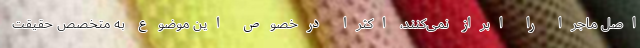
اصل ماجرا را ابراز نمی‌کنند، اکثرا درخصوص این موضوع به متخصص حقیقت